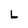
Character: L